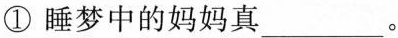
①睡梦中的妈妈真___。